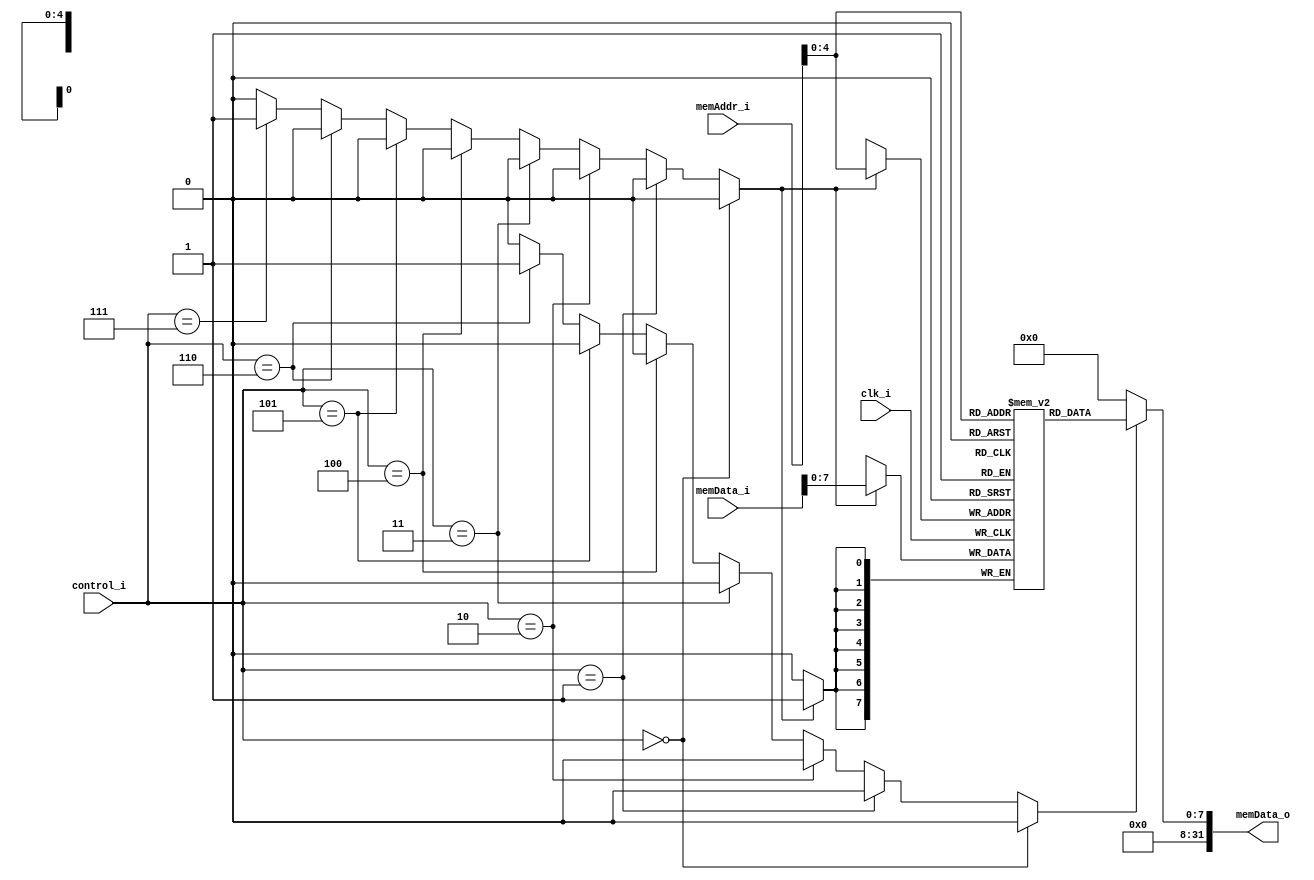
module Data_Memory (
    clk_i,
    memAddr_i,          // Memory Address
    memData_i,          // Memory Address Contents
    control_i,
    memData_o           // Output of Memory Address Contents
);

input   clk_i;
input   [3:0]  control_i;
input   [31:0]  memAddr_i;
input   [31:0]  memData_i;
output  [31:0]  memData_o;


reg     [7:0]   memory[0:31];  // 32 words of 8-bit memory
wire memRead, memWrite;

assign memRead = ((control_i == 4'b0000))? 1'b0: // or
                 ((control_i == 4'b0001))? 1'b0: // and
                 ((control_i == 4'b0010))? 1'b0: // add
                 ((control_i == 4'b0011))? 1'b0: // sub
                 ((control_i == 4'b0100))? 1'b0: // mul
                 ((control_i == 4'b0101))? 1'b0: // addi
                 ((control_i == 4'b0110))? 1'b1: // lw
                 ((control_i == 4'b0111))? 1'b0: // sw
                 ((control_i == 4'b1000))? 1'b0: // beq
                 {1'b0};

assign memWrite = ((control_i == 4'b0000))? 1'b0: // or
                  ((control_i == 4'b0001))? 1'b0: // and
                  ((control_i == 4'b0010))? 1'b0: // add
                  ((control_i == 4'b0011))? 1'b0: // sub
                  ((control_i == 4'b0100))? 1'b0: // mul
                  ((control_i == 4'b0101))? 1'b0: // addi
                  ((control_i == 4'b0110))? 1'b0: // lw
                  ((control_i == 4'b0111))? 1'b1: // sw
                  ((control_i == 4'b1000))? 1'b0: // beq
                  {1'b0};

// Read Memory
assign memData_o = (memRead)? memory[memAddr_i]:0;

// Write Memory
always @(posedge clk_i) begin
  if (memWrite)
    memory[memAddr_i] <= memData_i;
end

endmodule